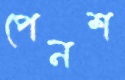
পেনশ